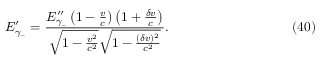
E _ { \gamma _ { - } } ^ { \prime } = \frac { E _ { \gamma _ { - } } ^ { \prime \prime } \left( 1 - \frac { v } { c } \right) \left( 1 + \frac { \delta v } { c } \right) } { \sqrt { 1 - \frac { v ^ { 2 } } { c ^ { 2 } } } \sqrt { 1 - \frac { ( \delta v ) ^ { 2 } } { c ^ { 2 } } } } . \eqno ( 4 0 )